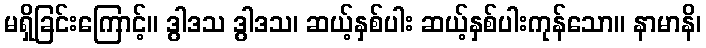
မရှိခြင်းကြောင့်။ ဒွါဒသ ဒွါဒသ၊ ဆယ့်နှစ်ပါး ဆယ့်နှစ်ပါးကုန်သော။ နာမာနိ၊